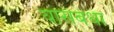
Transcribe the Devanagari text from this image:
यासंबंधा